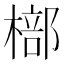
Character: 𣘙